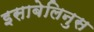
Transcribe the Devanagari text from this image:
इसाबेलिनुस